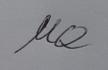
Signature authenticity: forged